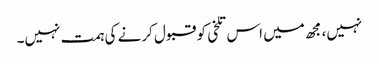
نہیں، مجھ میں اس تلخی کو قبول کرنے کی ہمت نہیں۔